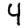
Digit: 4